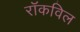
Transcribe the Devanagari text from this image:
रॉकविल